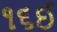
૧૬ઈ